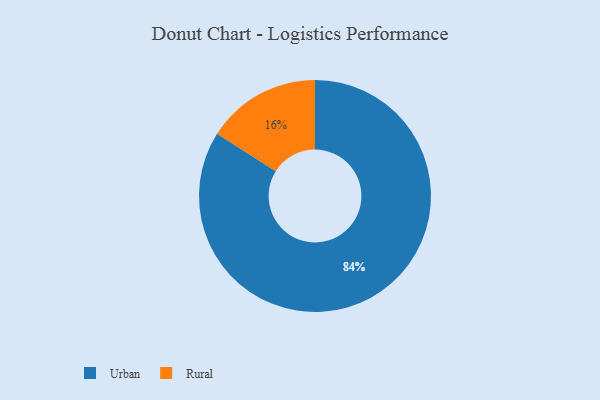
{"axis": {"x": "Category", "y": "Percentage"}, "legend": ["Rural", "Urban"], "data": [{"x": "Urban", "y": 84, "type": "Urban"}, {"x": "Rural", "y": 16, "type": "Rural"}]}